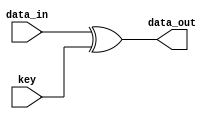
module  Add_round_key  (data_in ,key,data_out );
  input [0:127] data_in,key;
  output[0:127] data_out;
  
  assign data_out = data_in^key ;
endmodule
//ba 75 f4 7a 84 a4 8d 32 e8 8d 06 0e 1b 40 7d 5d